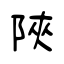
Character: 陜